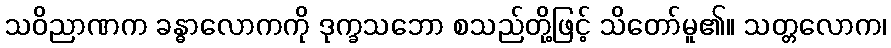
သဝိညာဏက ခန္ဓာလောကကို ဒုက္ခသဘော စသည်တို့ဖြင့် သိတော်မူ၏။ သတ္တလောက၊